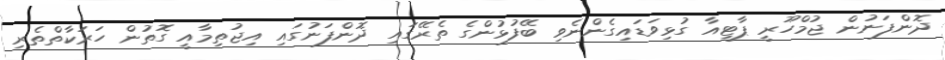
ދޮންފަނުން ޖުމްހޫރީ ޕާޓީއާ ގުޅިވަޑައިގެންނެވި ބޭފުޅުންގެ ތެރޭގައި ދޮންފަނުގައި އިޖުތިމާއީ ގޮތުން ހަރަކާތްތެރި